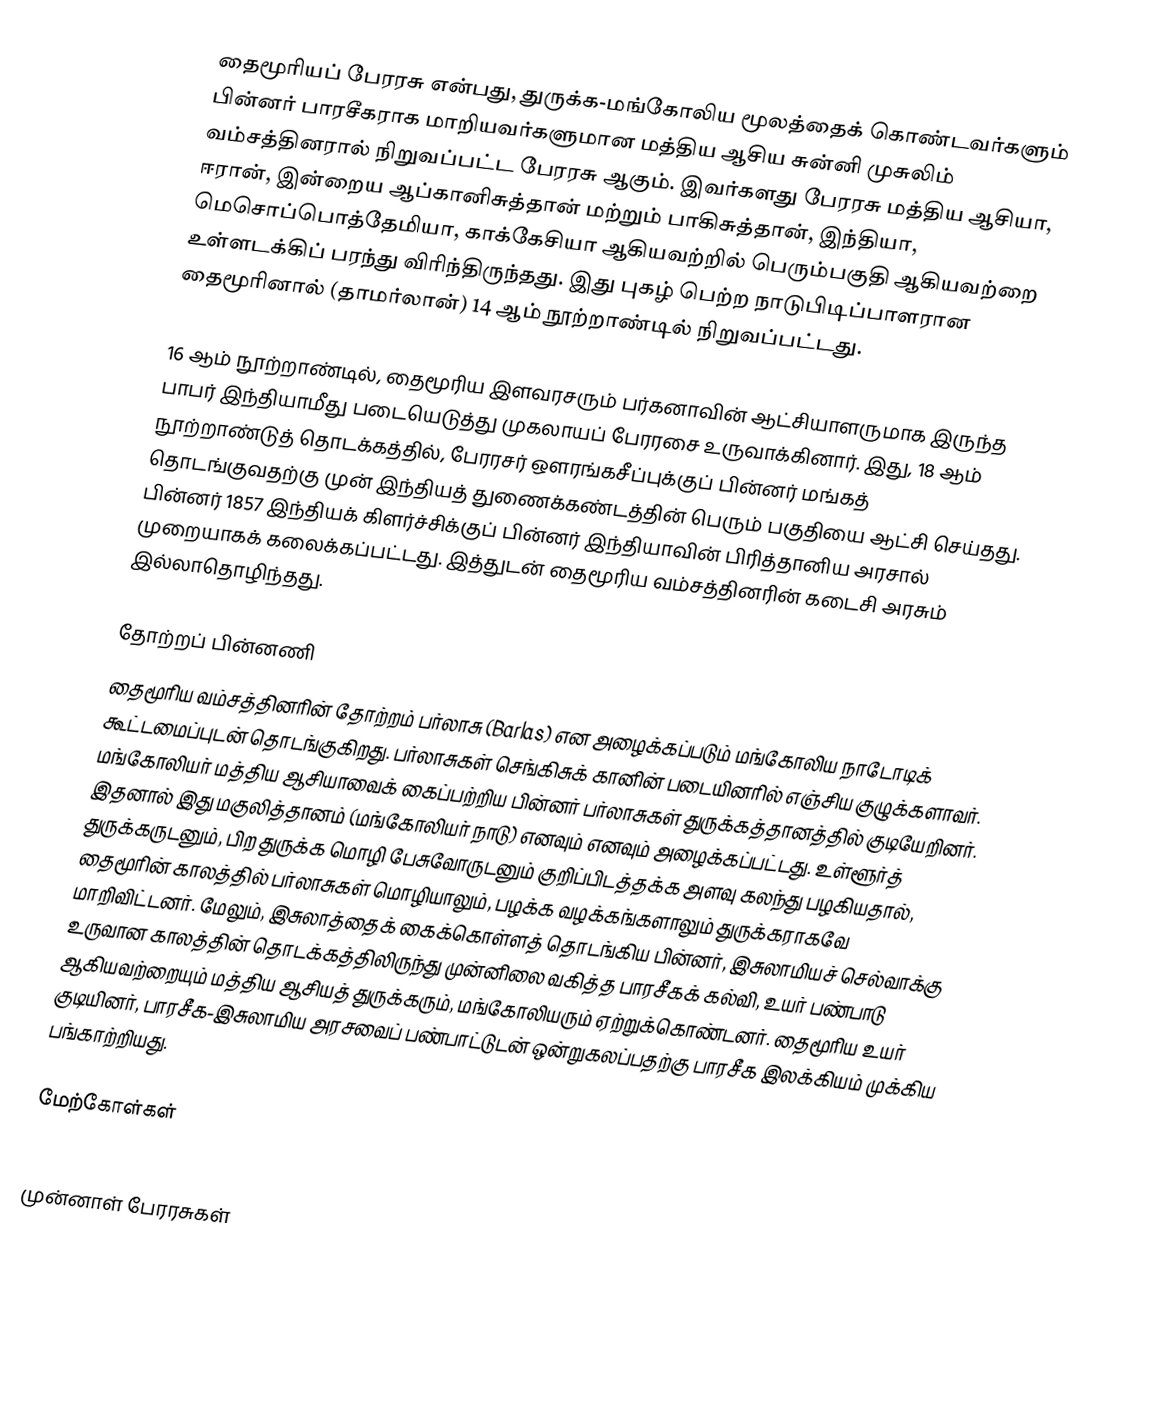
தைமூரியப் பேரரசு என்பது, துருக்க-மங்கோலிய மூலத்தைக் கொண்டவர்களும் பின்னர் பாரசீகராக மாறியவர்களுமான மத்திய ஆசிய சுன்னி முசுலிம் வம்சத்தினரால் நிறுவப்பட்ட பேரரசு ஆகும். இவர்களது பேரரசு மத்திய ஆசியா, ஈரான், இன்றைய ஆப்கானிசுத்தான் மற்றும் பாகிசுத்தான், இந்தியா, மெசொப்பொத்தேமியா, காக்கேசியா ஆகியவற்றில் பெரும்பகுதி ஆகியவற்றை உள்ளடக்கிப் பரந்து விரிந்திருந்தது. இது புகழ் பெற்ற நாடுபிடிப்பாளரான தைமூரினால் (தாமர்லான்) 14 ஆம் நூற்றாண்டில் நிறுவப்பட்டது.

16 ஆம் நூற்றாண்டில், தைமூரிய இளவரசரும் பர்கனாவின் ஆட்சியாளருமாக இருந்த பாபர் இந்தியாமீது படையெடுத்து முகலாயப் பேரரசை உருவாக்கினார். இது, 18 ஆம் நூற்றாண்டுத் தொடக்கத்தில், பேரரசர் ஔரங்கசீப்புக்குப் பின்னர் மங்கத் தொடங்குவதற்கு முன் இந்தியத் துணைக்கண்டத்தின் பெரும் பகுதியை ஆட்சி செய்தது. பின்னர் 1857 இந்தியக் கிளர்ச்சிக்குப் பின்னர் இந்தியாவின் பிரித்தானிய அரசால் முறையாகக் கலைக்கப்பட்டது. இத்துடன் தைமூரிய வம்சத்தினரின் கடைசி அரசும் இல்லாதொழிந்தது.

தோற்றப் பின்னணி
தைமூரிய வம்சத்தினரின் தோற்றம் பர்லாசு (Barlas) என அழைக்கப்படும் மங்கோலிய நாடோடிக் கூட்டமைப்புடன் தொடங்குகிறது. பர்லாசுகள் செங்கிசுக் கானின் படையினரில் எஞ்சிய குழுக்களாவர். மங்கோலியர் மத்திய ஆசியாவைக் கைப்பற்றிய பின்னர் பர்லாசுகள் துருக்கத்தானத்தில் குடியேறினர். இதனால் இது மகுலித்தானம் (மங்கோலியர் நாடு) எனவும் எனவும் அழைக்கப்பட்டது. உள்ளூர்த் துருக்கருடனும், பிற துருக்க மொழி பேசுவோருடனும் குறிப்பிடத்தக்க அளவு கலந்து பழகியதால், தைமூரின் காலத்தில் பர்லாசுகள் மொழியாலும், பழக்க வழக்கங்களாலும் துருக்கராகவே மாறிவிட்டனர். மேலும், இசுலாத்தைக் கைக்கொள்ளத் தொடங்கிய பின்னர், இசுலாமியச் செல்வாக்கு உருவான காலத்தின் தொடக்கத்திலிருந்து முன்னிலை வகித்த பாரசீகக் கல்வி, உயர் பண்பாடு ஆகியவற்றையும் மத்திய ஆசியத் துருக்கரும், மங்கோலியரும் ஏற்றுக்கொண்டனர். தைமூரிய உயர் குடியினர், பாரசீக-இசுலாமிய அரசவைப் பண்பாட்டுடன் ஒன்றுகலப்பதற்கு பாரசீக இலக்கியம் முக்கிய பங்காற்றியது.

மேற்கோள்கள்

முன்னாள் பேரரசுகள்